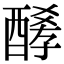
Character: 𨢀